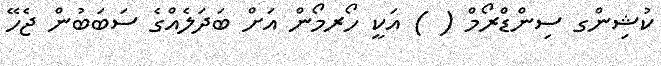
ކުޝިންގ ސިންޑްރޯމް ( ) އަކީ ހޯރމޯން އަށް ބަދަލެއްގެ ސަބަބުން ޖެހޭ